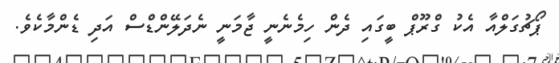
ޕޯޗުގަލްއާ އެކު ގްރޫޕް ބީގައި ދެން ހިމެނެނީ ޖާމަނީ ނެދަލޭންޑްސް އަދި ޑެންމާކެވެ.